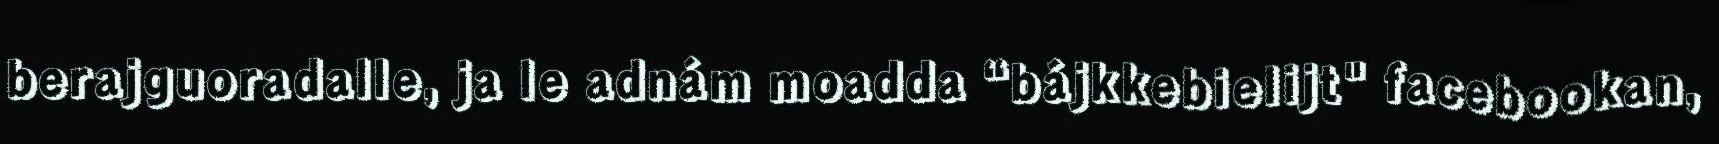
berajguoradalle, ja le adnám moadda “bájkkebielijt" facebookan,